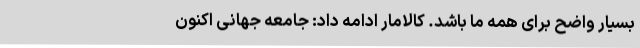
بسیار واضح برای همه ما باشد. کالامار ادامه داد: جامعه جهانی اکنون